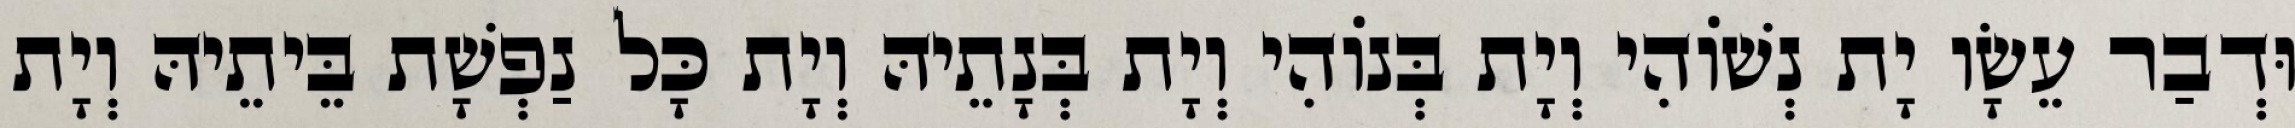
וּדְבַר עֵשָׂו יָת נְשׁוֹהִי וְיָת בְּנוֹהִי וְיָת בְּנָתֵיהּ וְיָת כָּל נַפְשָׁת בֵּיתֵיהּ וְיָת